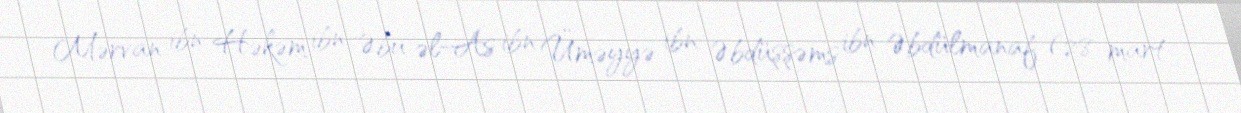
Mərvan ibn Həkəm ibn Əbu əl-As ibn Üməyyə ibn Əbdüşşəms ibn Əbdülmanaf (28 mart